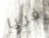
فريا